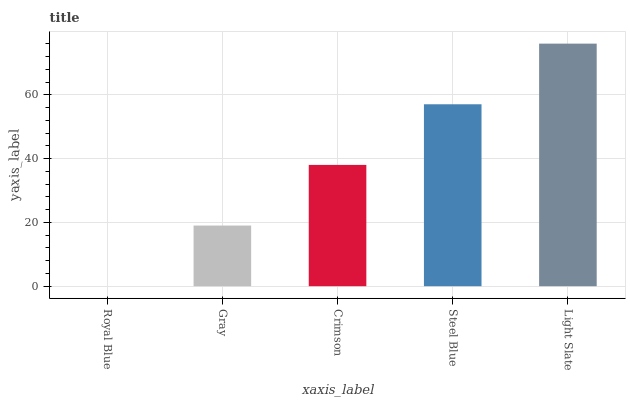
| xaxis_label | bars |
 | --- | --- |
 | Royal Blue | 0 |
 | Gray | 19 |
 | Crimson | 38 |
 | Steel Blue | 57 |
 | Light Slate | 76.1 |